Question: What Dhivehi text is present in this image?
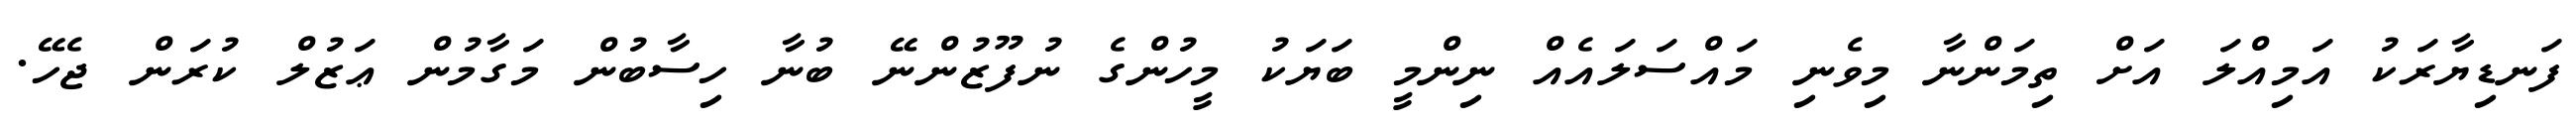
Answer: ފަނޑިޔާރަކު އަމިއްލަ އަށް ތިމަންނާ މިވެނި މައްސަލައެއް ނިންމީ ބަޔަކު މީހުންގެ ނުފޫޒުންނޭ ބުނާ ހިސާބުން މަގާމުން ޢަޒުލް ކުރަން ޖެހޭ.